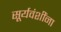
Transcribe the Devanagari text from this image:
सूर्यवंशींना